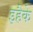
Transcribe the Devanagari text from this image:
इहैके